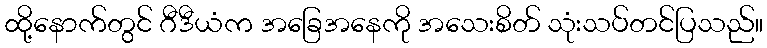
ထို့နောက်တွင် ဂီဒီယံက အခြေအနေကို အသေးစိတ် သုံးသပ်တင်ပြသည်။